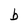
Character: b